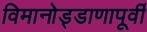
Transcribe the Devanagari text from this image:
विमानोड्डाणापूर्वी